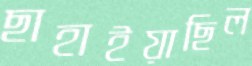
ছাহাইয়াছিল